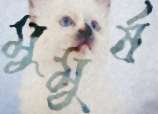
মুমুর্ষ